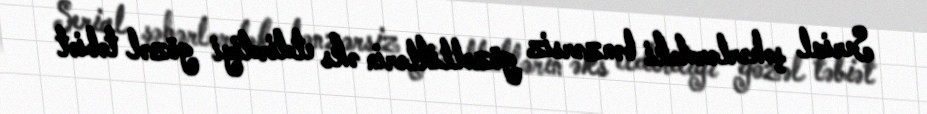
Serial şəhərlərdəki bənzərsiz gözəlliklərin əks etdirdiyi gözəl təbiət